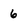
Character: 6